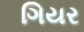
ગિયર